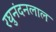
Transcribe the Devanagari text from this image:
रघुनंदनलाल